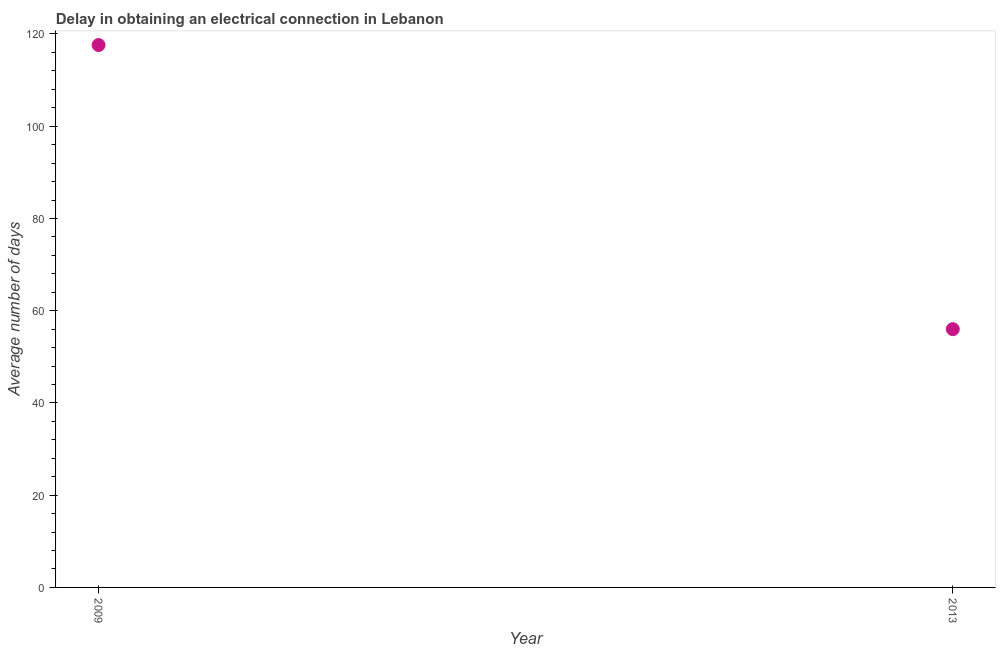
| Year | Dalay in Electrical connection |
 | --- | --- |
 | 2009 | 118 |
 | 2013 | 56 |